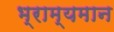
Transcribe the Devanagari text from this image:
भ्राम्यमान